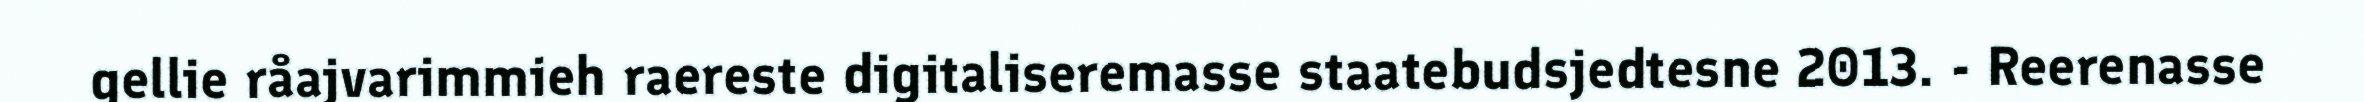
gellie råajvarimmieh raereste digitaliseremasse staatebudsjedtesne 2013. - Reerenasse